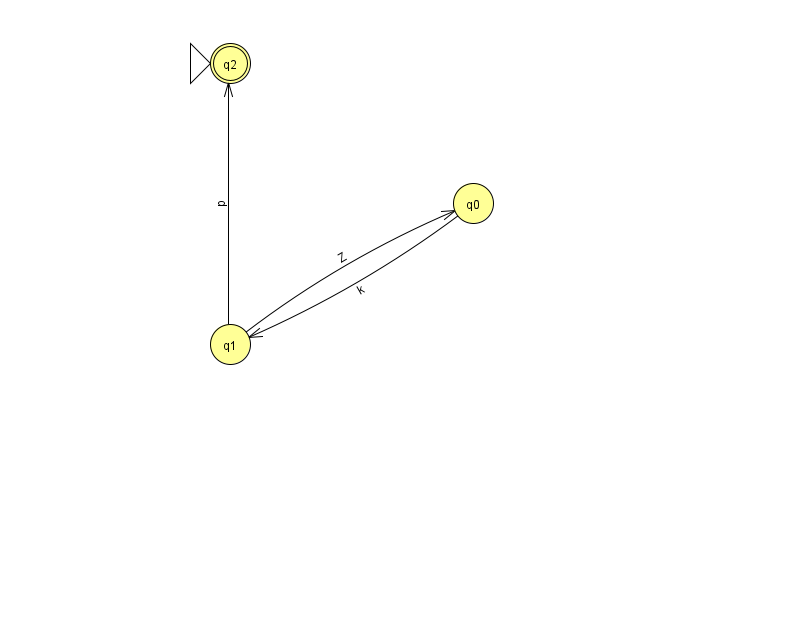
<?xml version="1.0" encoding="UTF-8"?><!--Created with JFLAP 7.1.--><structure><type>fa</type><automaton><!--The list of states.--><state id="0" name="q0"><x>473.0</x><y>190.0</y></state><state id="1" name="q1"><x>230.0</x><y>331.0</y></state><state id="2" name="q2"><x>230.0</x><y>50.0</y><initial/><final/></state><!--The list of transitions.--><transition><from>0</from><to>1</to><read>k</read></transition><transition><from>1</from><to>0</to><read>Z</read></transition><transition><from>1</from><to>2</to><read>p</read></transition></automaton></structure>